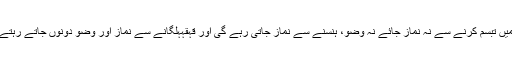
نماز میں تبسم کرنے سے نہ نماز جائے نہ وُضو، ہنسنے سے نماز جاتی رہے گی اور قَہْقَہَہلگانے سے نماز اور وُضو دونوں جاتے رہتے ہیں ۔